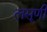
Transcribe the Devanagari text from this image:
लसूणी